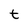
Character: t